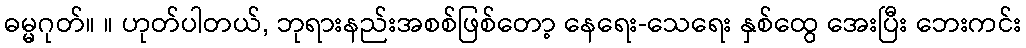
ဓမ္မဂုတ်။ ။ ဟုတ်ပါတယ်, ဘုရားနည်းအစစ်ဖြစ်တော့ နေရေး-သေရေး နှစ်ထွေ အေးပြီး ဘေးကင်း